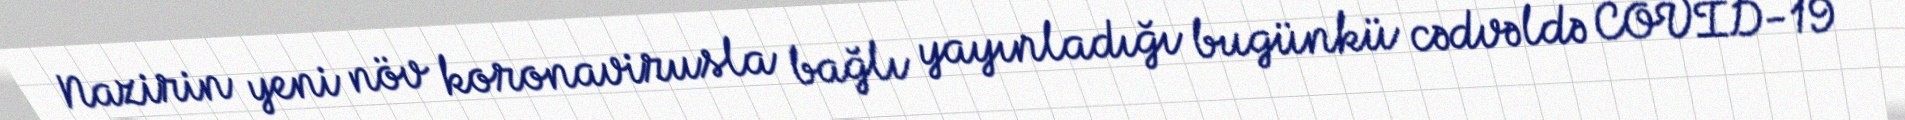
Nazirin yeni növ koronavirusla bağlı yayınladığı bugünkü cədvəldə COVID-19